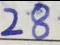
2 8 \cdot